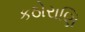
કઠોરાણિ